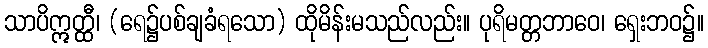
သာပိဣတ္ထီ၊ (ရေ၌ပစ်ချခံရသော) ထိုမိန်းမသည်လည်း။ ပုရိမတ္တဘာဝေ၊ ရှေးဘဝ၌။